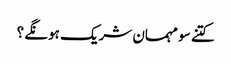
کتنے سو مہمان شریک ہونگے ؟